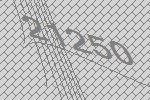
21250